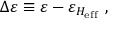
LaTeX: \Delta \varepsilon \equiv \varepsilon - \varepsilon _ { H _ { \mathrm { e f f } } } \ ,